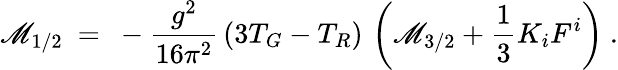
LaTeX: \mathscr{M}_{1/2}\ =\ -{\frac{{g^{2}}}{{16\pi^{2}}}}\, (3T_{G}-T_{R})\, \left(\mathscr{M}_{3/2}+{\frac{{1}}{{3}}}K_{i}F^{i}\right)~.